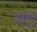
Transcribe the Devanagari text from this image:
झंडू